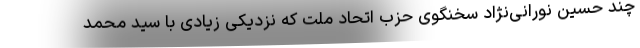
چند حسین نورانی‌نژاد سخنگوی حزب اتحاد ملت که نزدیکی زیادی با سید محمد